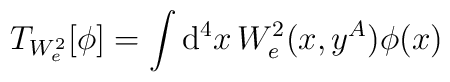
T_{W_{e}^{2}}[\phi ]=\int \mathrm{d}^{4}x\, W^{2}_{e}(x,y^{A})\phi (x)